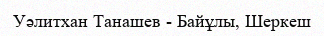
Уәлитхан Танашев - Байұлы, Шеркеш